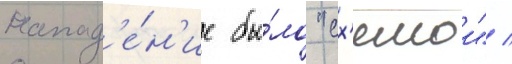
напад'е́н'ие бы́ло "сх'емои" /